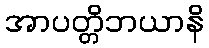
အာပတ္တိဘယာနိ